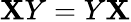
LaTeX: \mathbf{X}Y=Y\mathbf{X}